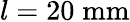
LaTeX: l=20\; \mathrm{mm}